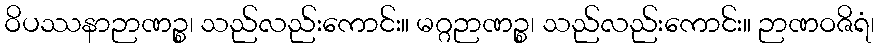
ဝိပဿနာဉာဏဉ္စ၊ သည်လည်းကောင်း။ မဂ္ဂဉာဏဉ္စ၊ သည်လည်းကောင်း။ ဉာဏဝဇိရံ၊